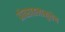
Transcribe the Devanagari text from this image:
प्रोत्साहनामुळेच